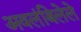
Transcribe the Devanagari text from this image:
अवलंबिलेले